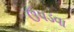
ઉપડવા